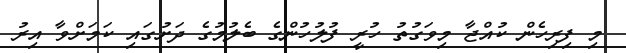
މި ފިރިހެން ކުއްޖާ މިވަގުތު ހުރީ ފުލުހުންގެ ބެލުމުގެ ދަށުގައި ކަމަށްވާ އިރު